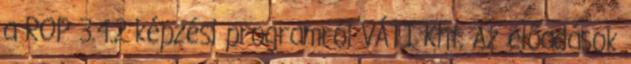
a ROP 3.4.2 képzési programról VÁTI Kht. Az előadások